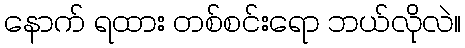
နောက် ရထား တစ်စင်းရော ဘယ်လိုလဲ။